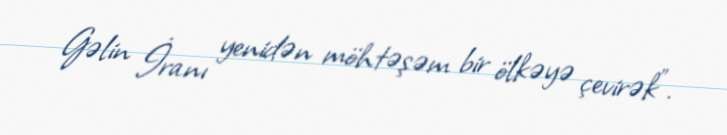
Gəlin İranı yenidən möhtəşəm bir ölkəyə çevirək”.